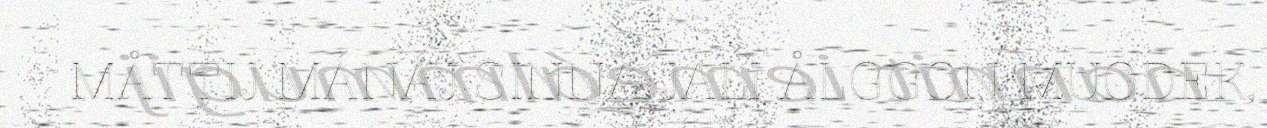
MÅTTIJ MÁNÁJ SINNA JALI ÅLGGON MUODEK,